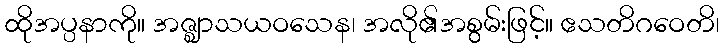
ထိုအပ္ပနာကို။ အဇ္ဈာသယဝသေန၊ အလို၏အစွမ်းဖြင့်။ ဧသတိဂဝေတိ၊